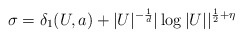
\begin{align*} \sigma = \delta_1(U,a) + |U|^{-\frac{1}{d}}|\log |U||^{\frac{1}{2}+\eta} \end{align*}